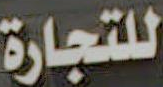
للتجارة